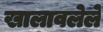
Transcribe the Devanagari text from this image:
खालावलेले